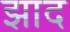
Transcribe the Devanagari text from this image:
झाद